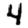
Digit: 4